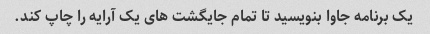
یک برنامه جاوا بنویسید تا تمام جایگشت های یک آرایه را چاپ کند.